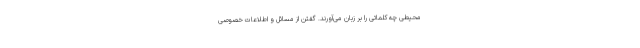
محیطی چه کلماتی را بر زبان می‌آورند. گفتن از مسائل و اطلاعات خصوصی